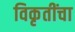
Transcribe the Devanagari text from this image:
विकृतींचा